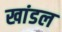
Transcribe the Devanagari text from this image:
खांडल